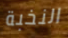
النخبة